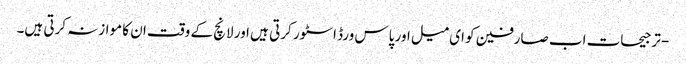
- ترجیحات اب صارفین کو ای میل اور پاس ورڈ اسٹور کرتی ہیں اور لانچ کے وقت ان کا موازنہ کرتی ہیں۔